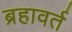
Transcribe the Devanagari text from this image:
ब्रहावर्त